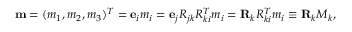
\begin{array} { r } { { \bf m } = ( m _ { 1 } , m _ { 2 } , m _ { 3 } ) ^ { T } = { \bf e } _ { i } m _ { i } = { \bf e } _ { j } R _ { j k } R _ { k i } ^ { T } m _ { i } = { \bf R } _ { k } R _ { k i } ^ { T } m _ { i } \equiv { \bf R } _ { k } M _ { k } , } \end{array}